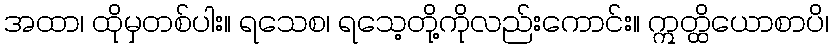
အထာ၊ ထိုမှတစ်ပါး။ ရသေစ၊ ရသေ့တို့ကိုလည်းကောင်း။ ဣတ္ထိယောစာပိ၊